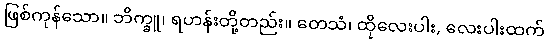
ဖြစ်ကုန်သော။ ဘိက္ခူ၊ ရဟန်းတို့တည်း။ တေသံ၊ ထိုလေးပါး, လေးပါးထက်